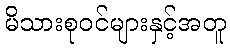
မိသားစုဝင်များနှင့်အတူ